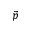
\vec { p }